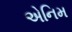
એનિમ